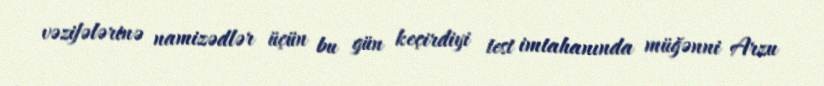
vəzifələrinə namizədlər üçün bu gün keçirdiyi test imtahanında müğənni Arzu